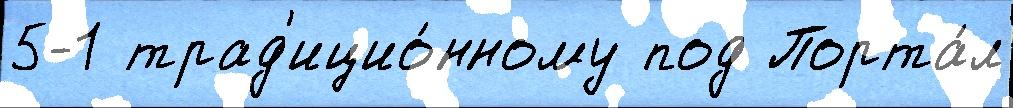
5-1 трад'ицио́нному под Порта́л